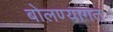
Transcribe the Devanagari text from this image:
बोलण्यागत